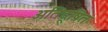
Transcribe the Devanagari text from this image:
अतिदूषित